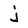
Character: j